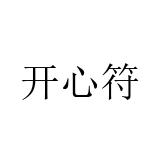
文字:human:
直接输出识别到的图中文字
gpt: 开心符